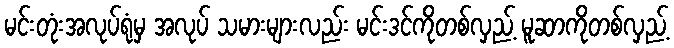
မင်းတုံးအလုပ်ရုံမှ အလုပ် သမားများလည်း မင်းဒင်ကိုတစ်လှည့် မူဆာကိုတစ်လှည့်